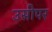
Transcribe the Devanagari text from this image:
उसीपर